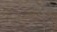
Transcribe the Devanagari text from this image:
रुग्णाशी